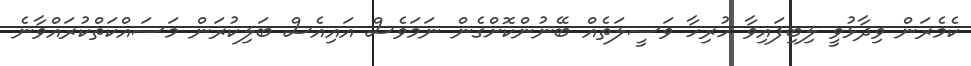
ކެމެރަން ވިދާޅުވީ ލިބިފައިވާ ހުރިހާ ވަސީލަތެއް ބޭނުންކޮށްގެން ނަމަވެސް އައިއެސް ބަލިކުރަން މަސައްކަތްކުރައްވާނެ